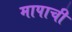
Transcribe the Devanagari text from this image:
मापाची